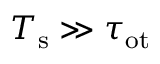
T _ { \mathrm { s } } \gg \tau _ { \mathrm { o t } }